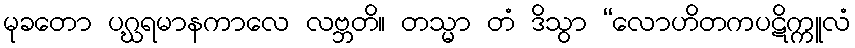
မုခတော ပဂ္ဃရမာနကာလေ လဗ္ဘတိ။ တသ္မာ တံ ဒိသွာ “လောဟိတကပဋိက္ကူလံ